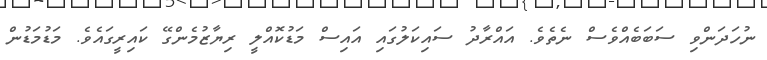
ނުހަދަންވި ސަބަބެއްވެސް ނެތެވެ. އައްރާދު ސައިކަލުގައި އައިސް މަޑުކޮއްލީ ރިޔާޒުމެންގޭ ކައިރީގައެވެ. މަޑުމަޑުން